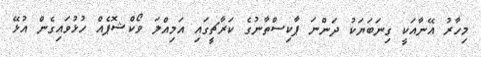
މިހާރު އޭނާއަކީ ގިނަބަޔަކު ދަންނަ ޕާކިސްތާނުގެ ކަރާޗީގައި އަމިއްލަ ވޯކްޝޮޕެއް ހުޅުވައިގެން އުޅޭ